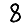
Digit: 8